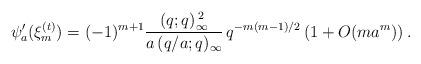
LaTeX: \begin{align*}\psi_{a}'(\xi_{m}^{(t)})=(-1)^{m+1}\frac{(q;q)_{\infty}^{\,2}}{a\,(q/a;q)_{\infty}}\, q^{-m(m-1)/2}\left(1+O(ma^{m})\right).\end{align*}